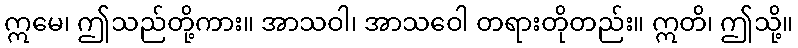
ဣမေ၊ ဤသည်တို့ကား။ အာသဝါ၊ အာသဝေါ တရားတိုတည်း။ ဣတိ၊ ဤသို့။